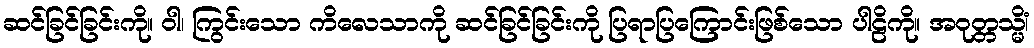
ဆင်ခြင်ခြင်းကို။ ဝါ၊ ကြွင်းသော ကိလေသာကို ဆင်ခြင်ခြင်းကို ပြရာပြကြောင်းဖြစ်သော ပါဠိကို။ အဝုတ္တသ္မိံ၊